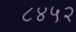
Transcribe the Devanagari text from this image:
८४५२